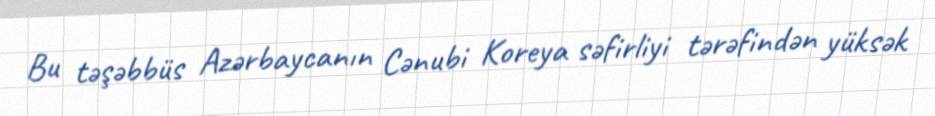
Bu təşəbbüs Azərbaycanın Cənubi Koreya səfirliyi tərəfindən yüksək